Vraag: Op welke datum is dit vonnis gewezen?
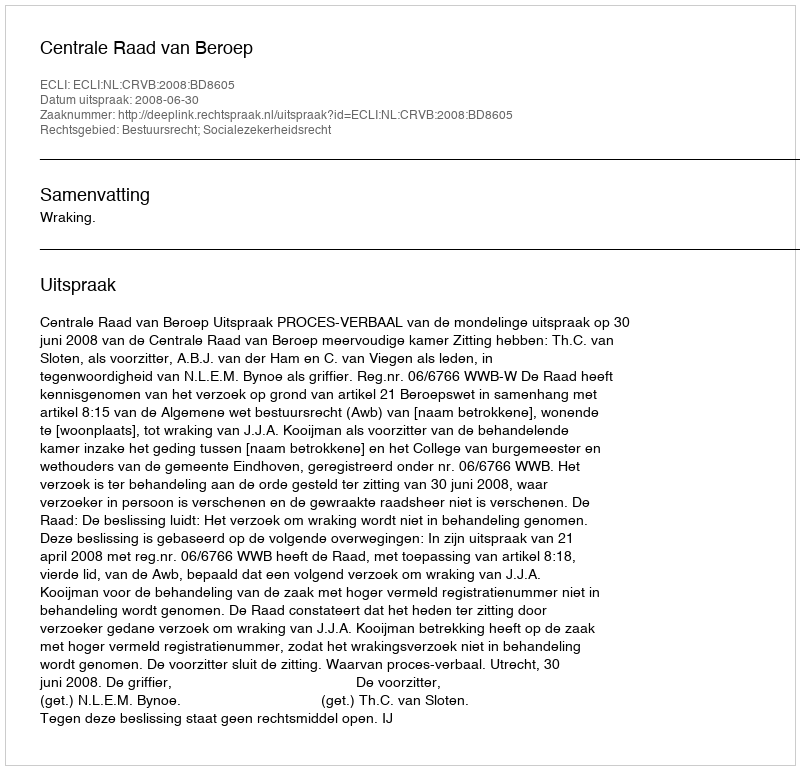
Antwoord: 2008-06-30